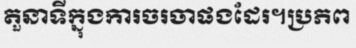
តួនាទីក្នុងការចរចាផងដែរ។ប្រភព